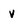
Character: v